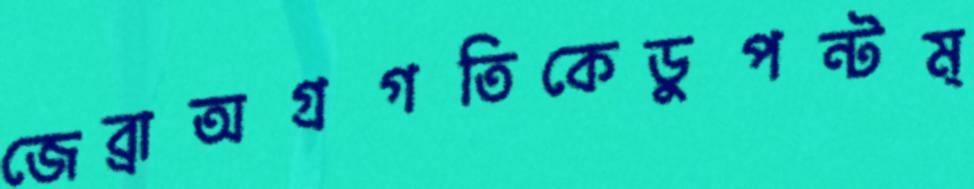
জেব্রাঅগ্রগতিকেডুপন্টম্